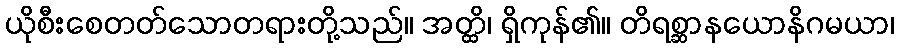
ယိုစီးစေတတ်သောတရားတို့သည်။ အတ္ထိ၊ ရှိကုန်၏။ တိရစ္ဆာနယောနိဂမယာ၊